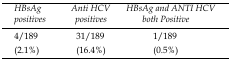
<table><thead><tr><td><b>HBsAg positives</b></td><td><b>Anti HCV positives</b></td><td><b>HBsAg and ANTI HCV both Positive</b></td></tr></thead><tbody><tr><td>4/189</td><td>31/189</td><td>1/189</td></tr><tr><td> (2.1%)</td><td> (16.4%)</td><td> (0.5%)</td></tr></tbody></table>